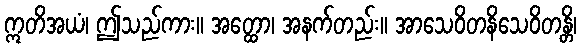
ဣတိအယံ၊ ဤသည်ကား။ အတ္ထော၊ အနက်တည်း။ အာသေဝိတနိသေဝိတန္တိ၊